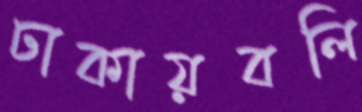
ঢাকায়বলি